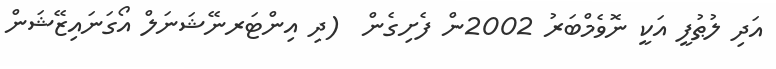
އަދި ލުޠުފީ އަކީ ނޮވެމްބަރު 2002ން ފެށިގެން  (ދި އިންޓަރނޭޝަނަލް އޯގަނައިޒޭޝަން